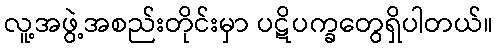
လူ့အဖွဲ့အစည်းတိုင်းမှာ ပဋိပက္ခတွေရှိပါတယ်။